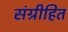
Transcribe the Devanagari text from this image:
संग्रीहित